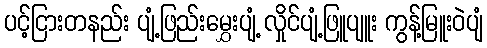
ပင့်ငြားတနည်း ပျံ့ဖြည်းမွှေးပျံ့ လှိုင်ပျံ့ဖြူပျူး ကွန့်မြူးဝဲပျံ